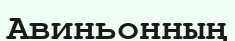
Авиньонның